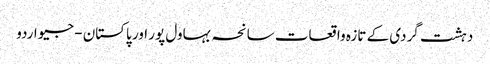
دہشت گردی کے تازہ واقعات سانحہ بہاول پور اور پاکستان - جیو اردو